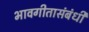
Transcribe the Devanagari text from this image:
भावगीतासंबंधी